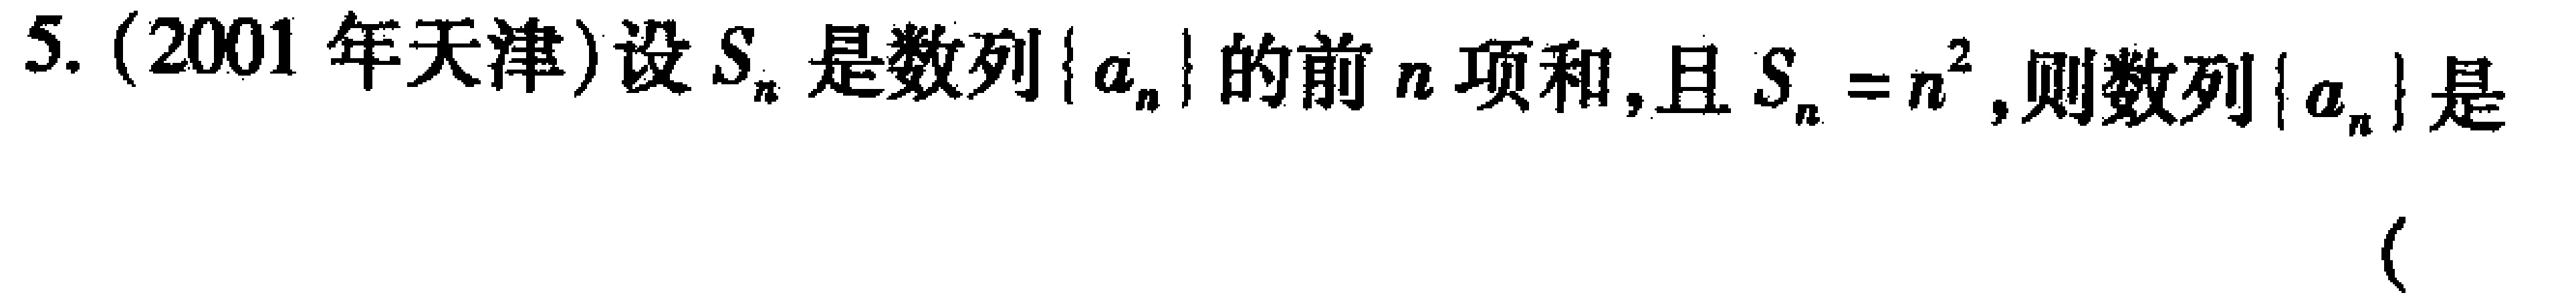
5. (2001 年天津)设\(S_{n}\)是数列\(\{ a_{n}\}\)的前\(n\)项和,且\(S_{n}=n^{2}\),则数列\(\{ a_{n}\}\)是 （